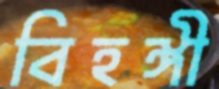
বিহঙ্গী